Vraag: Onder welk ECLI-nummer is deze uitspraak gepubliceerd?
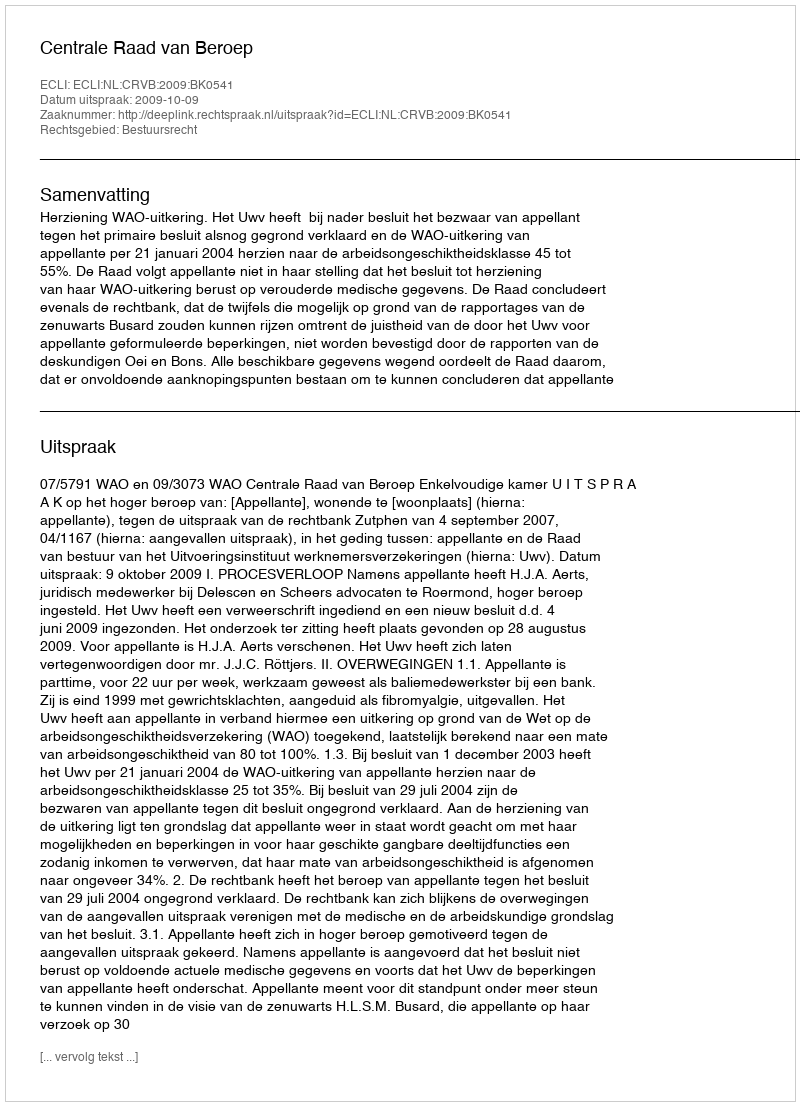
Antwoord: ECLI:NL:CRVB:2009:BK0541